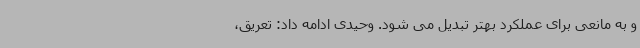
و به مانعی برای عملکرد بهتر تبدیل می شود. وحیدی ادامه داد: تعریق،